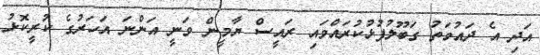
އަދި އެ ދައުވަތު ގަބޫލުފުޅުކުރައްވައި ރައީސް ޔާމީން ވަނީ އަންނަ އަހަރުގެ ކުރީކޮޅު